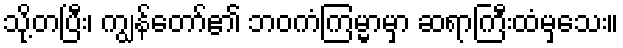
သို့တပြီး၊ ကျွန်တော်၏ ဘဝကံကြမ္မာမှာ ဆရာကြီးထံမှသေး။